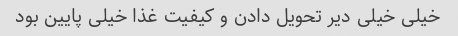
خیلی خیلی دیر تحویل دادن و کیفیت غذا خیلی پایین بود